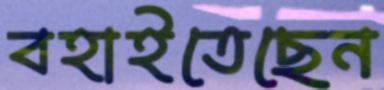
বহাইতেছেন